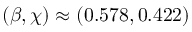
( \beta , \chi ) \approx ( 0 . 5 7 8 , 0 . 4 2 2 )